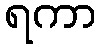
ရကာ